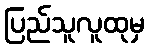
ပြည်သူလူထုမှ